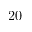
2 0